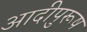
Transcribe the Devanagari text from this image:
आदीपुरूष